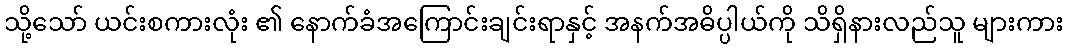
သို့သော် ယင်းစကားလုံး ၏ နောက်ခံအကြောင်းချင်းရာနှင့် အနက်အဓိပ္ပါယ်ကို သိရှိနားလည်သူ များကား